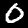
Digit: 0